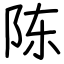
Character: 陈